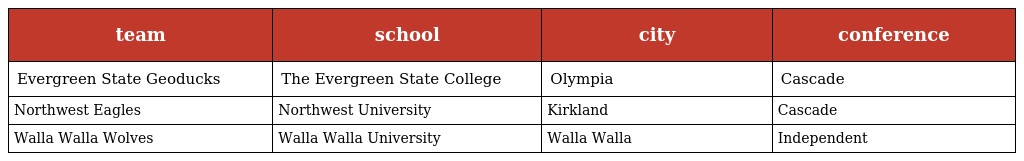
| team | school | city | conference |
 | --- | --- | --- | --- |
 | Evergreen State Geoducks | The Evergreen State College | Olympia | Cascade |
 | Northwest Eagles | Northwest University | Kirkland | Cascade |
 | Walla Walla Wolves | Walla Walla University | Walla Walla | Independent |